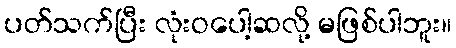
ပတ်သက်ပြီး လုံးဝပေါ့ဆလို့ မဖြစ်ပါဘူး။